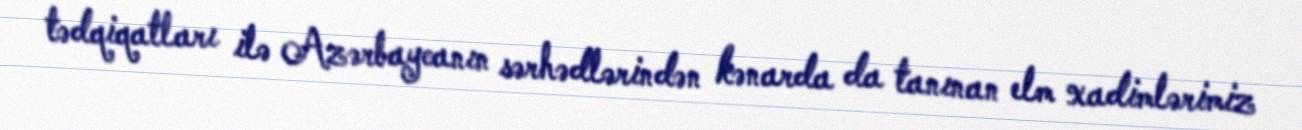
tədqiqatları ilə Azərbaycanın sərhədlərindən kənarda da tanınan elm xadimlərimiz